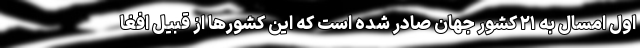
اول امسال به ۲۱ کشور جهان صادر شده است که این کشورها از قبیل افغا